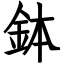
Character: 鉢